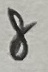
Text: 8